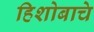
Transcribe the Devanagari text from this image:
हिशोबाचे